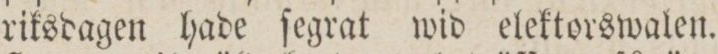
riksdagen hade ſegrat wid elektorswalen.